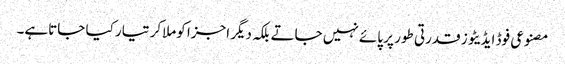
مصنوعی فوڈ ایڈیٹوز قدرتی طور پر پائے نہیں جاتے بلکہ دیگر اجزا کوملاکر تیار کیا جاتاہے۔